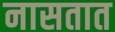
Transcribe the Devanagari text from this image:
नासतात